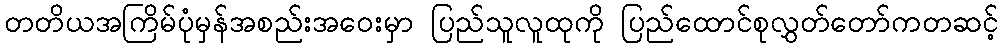
တတိယအကြိမ်ပုံမှန်အစည်းအဝေးမှာ ပြည်သူလူထုကို ပြည်ထောင်စုလွှတ်တော်ကတဆင့်